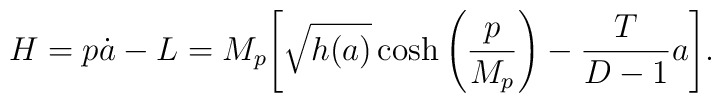
H = p \dot a - L = M_p \Bigg[{\sqrt{h(a)}} \cosh \Bigg({ p \over M_p}\Bigg) -{T\over{D-1}}a\Bigg].